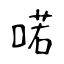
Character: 喏